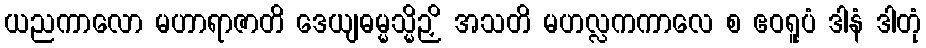
ယညကာလော မဟာရာဇာတိ ဒေယျဓမ္မသ္မိဉှိ အသတိ မဟလ္လကကာလေ စ ဧဝရူပံ ဒါနံ ဒါတုံ